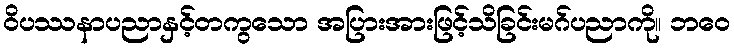
ဝိပဿနာပညာနှင့်တကွသော အပြားအားဖြင့်သိခြင်းမဂ်ပညာကို။ ဘဝေ